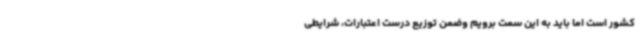
کشور است اما باید به این سمت برویم وضمن توزیع درست اعتبارات، شرایطی